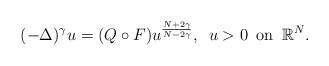
\begin{align*}(-\Delta)^\gamma u = (Q\circ F) u^{\frac{N + 2\gamma}{N - 2\gamma}},\,\,\, u > 0 {\rm\,\,\,on\,\,\,}\mathbb{R}^N.\end{align*}